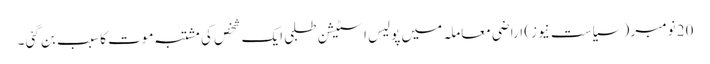
20 نومبر ( سیاست نیوز) اراضی معاملہ میں پولیس اسٹیشن طلبی ایک شخص کی مشتبہ موت کا سبب بن گئی ۔